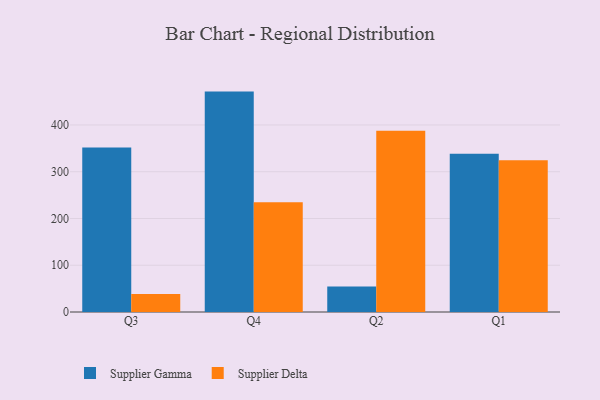
{"axis": {"x": "Quarter", "y": "Churn Rate (%)"}, "legend": ["Supplier Delta", "Supplier Gamma"], "data": [{"x": "Q3", "y": 351.6, "type": "Supplier Gamma"}, {"x": "Q3", "y": 38.7, "type": "Supplier Delta"}, {"x": "Q4", "y": 471.4, "type": "Supplier Gamma"}, {"x": "Q4", "y": 234.9, "type": "Supplier Delta"}, {"x": "Q2", "y": 54.6, "type": "Supplier Gamma"}, {"x": "Q2", "y": 387.9, "type": "Supplier Delta"}, {"x": "Q1", "y": 338.5, "type": "Supplier Gamma"}, {"x": "Q1", "y": 324.4, "type": "Supplier Delta"}]}